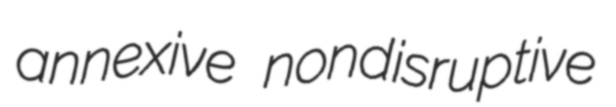
annexive nondisruptive